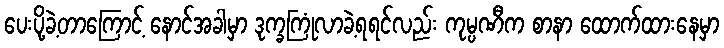
ပေးပို့ခဲ့တာကြောင့် နောင်အခါမှာ ဒုက္ခကြုံလာခဲ့ရရင်လည်း ကုမ္ပဏီက စာနာ ထောက်ထားနေမှာ